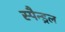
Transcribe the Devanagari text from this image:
स्पैन्ड्रल